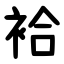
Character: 袷